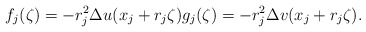
\begin{align*}f_j(\zeta)=-r^{2}_{j} \Delta u(x_j +r_j \zeta) g_j (\zeta)=-r^{2}_{j} \Delta v(x_j +r_j \zeta). \end{align*}